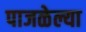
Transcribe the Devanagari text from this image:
पाजळेल्या